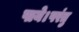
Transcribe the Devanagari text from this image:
पाये।परंतु